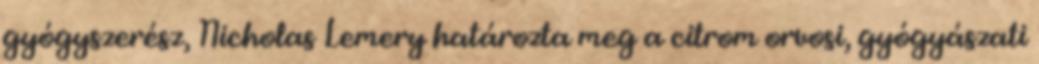
gyógyszerész, Nicholas Lemery határozta meg a citrom orvosi, gyógyászati